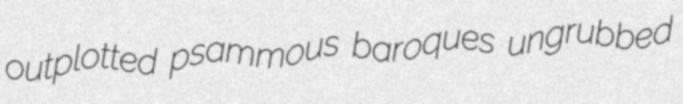
outplotted psammous baroques ungrubbed